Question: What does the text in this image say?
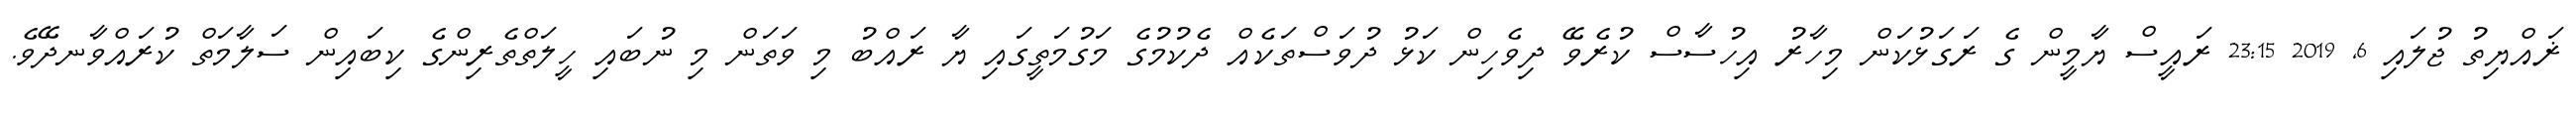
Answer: ޜައްޔިތު ޖުލައި 6, 2019 23:15 ރައީސް ޔާމީން ގެ ރަގަޅުކަން މިހާރު އިހުސާސް ކުރެވޭ ދިވެހިން ކަޅު ދުވަސްތަކެއް ދެކުމުގެ މަގުމަތީގައި ޔާ ރައްބު މި ވަތަން މި ނުބައި ހީލަތްތެރިންގެ ކިބައިން ސަލާމަތް ކުރައްވާނދޭވެ.